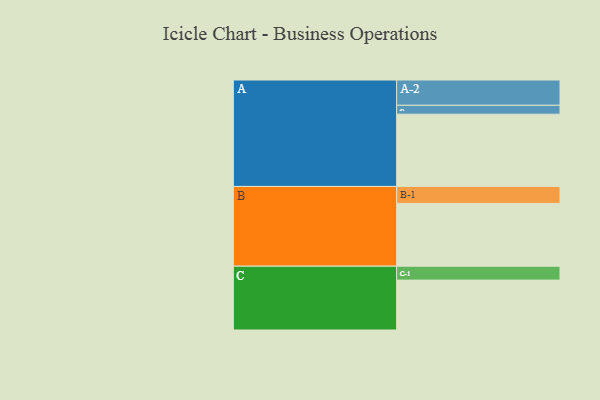
{"axis": {"x": "Segment", "y": "Value"}, "legend": ["", "A", "B", "C"], "data": [{"x": "A", "y": 520, "type": ""}, {"x": "B", "y": 452, "type": ""}, {"x": "C", "y": 359, "type": ""}, {"x": "A-1", "y": 64, "type": "A"}, {"x": "A-2", "y": 182, "type": "A"}, {"x": "B-1", "y": 122, "type": "B"}, {"x": "C-1", "y": 100, "type": "C"}]}